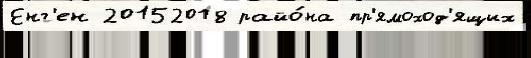
Енг'ен 20152018 райо́на пр'ямоход'ящих